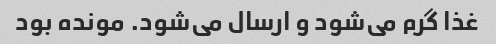
غذا گرم می‌شود و ارسال می‌شود. مونده بود